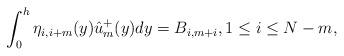
LaTeX: \begin{align*} \int_0^h \eta_{i, i+m}(y) \hat u_{m}^+(y) dy=B_{i, m+i}, 1 \le i \le N-m,\end{align*}